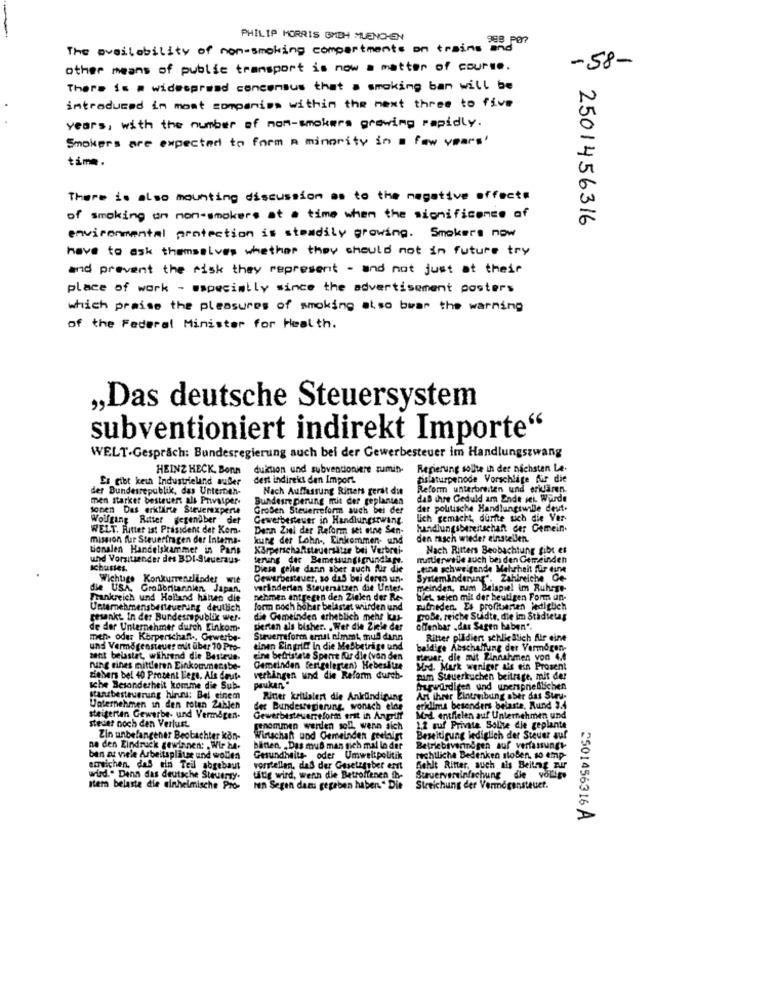
PHILIP MORRIS BMTH MUENCHEN
The availability of non-smoking compartments on trains and
-58-
other means of public transport is now a matter of course.
There is a widespread concensus that a smoking ban will be
introduced in most companies within the next three to five
years, with the number of non-smokers growing rapidly.
Smokers are expected to form a minority in a few years'
time.
There is also mounting discussion as to the negative effects
of smoking on non-smokers at a time when the significance of
2501456316
environmental protection is steadily growing. Smokers now
have to ask themselves whether they should not in future try
and prevent the risk they represent - and not just at their
place of work - especially since the advertisement posters
which praise the pleasures of smoking also bwar the warning
of the Federal Minister for Health.
„Das deutsche Steuersystem
subventioniert indirekt Importe"
WELT-Gespräch: Bundesregierung auch bei der Gewerbesteuer im Handlungszwang
HEINZ HECK, Bonn
duktion und subventioniere zumin.
Regierung sollte in der nächsten Le.
Es gibt kein Industrieland außer
dest indirekt den Import.
hislaturpenode Vorschläge für die
der Bundesrepublik, das Unterneh-
Nach Auffassung Rinets gerst die
Reform unterbreiten und eridaren.
men starker besteuert als Privatper-
Bundesregierung mit der geplanten
daß ihre Geduld am Ende vel. Würde
sonen Das erklärte Stevenexperte
Groben Steuerreform auch bei der
der politische Handlungswille deut.
Wolfgang Ritter gegendber
det
Gewerbesteuer in Handlungszwang.
lich gemacht, durfte sich die Ver-
WELT. Ritter ist Präsident der Kom-
Denn Ziel der Reform sel mine Sen-
handlungsbereitschaft der Cemein.
mission fur Steuerfragen der Intema-
kung der Lohn -, Einkommen- und
den rasch wieder einstellen.
tionalen Handelskammer in Paris
Körperschaftsteuersätze bei Verbrei-
Nach Ritters Beobachtung gibt es
und Vorsitzender des BDI-Steueraus-
terung der Bemessungsgrundlage.
muttierwille auch bei den Gemeinden
ichustes.
Diese gelte dann aber auch für die
.eine schweigende Mehrheit für eine
Wichtige Konkurrenzlinder wie
Gewerbesteuer, so daß bei dergo un-
Systemänderung". Zahlreiche Oe-
die USA, Großbritannien Japan,
varinderien Steuersitzen die Unter.
meinden, num Beispiel im Ruhrge-
Frankreich und Holland hinten die
nehmen antgegen den Zielen der Re-
blet seien mit der heutigen Form un-
Unternehmensbesteuerung deutlich
form noch höher belastet wurden und
pufneden. Es profitsrien lediglich
gesenkt. In der Bundesrepublik we !-
d'e Gemeinden erheblich mehr kas-
große, reiche Suidte, die im Stadiets
de der Unternehmer durch Einkom-
perten als bisher. . Wer die Ziele der
offenbar . das Sagen haben".
men- oder Körperschaft ., Gewerbe-
Steuerreform ernst nimmt, muß dann
Ritter plädiert schlie Blich für eine
und Vermogensteuer out über 70 Pro-
einen Eingriff in die Mobbetrige und
baldige Abschaltung der Vermogen-
sent belastet, während die Besteue-
cine betralate Sperrt für die (von den
steuer, die mit Einnahmen von 4.4
rung sines mittleren Einkommensbe-
Gemeinden festgelegten) Hebesitze
Med. Murk weniger als ein Prosent
zichers bel 40 Prosent Lege. Als deut-
verhingen und die Reform durch-
pauken"
tum Steuerkuchen beitrage. mit der
sche Besonderheit komme die Sub-
fragwürdigen und unersprießlichen
stanzbesteuerung hints; Bei einem
Ritter krillalert die Ankündigung
An Ihrer Bintreibung aber das Suru-
Unternehmen in den toten Zahlen
der Bundesregierung, wonach eine
erklima besonders belaste, Rund 3.4
steigerten Gewerbe- und Vermagen-
steder noch den Verlust
Gewerbesteuerreform erst in Angriff
Mod. entfielen auf Unternehmen und
genommen werden soll wenn sich
1.2 auf Private Sollte die geplante
Zin unbefangener Beobachter kon-
Wirtschaft und Gemeinden geelaigt
Beseitigung lediglich der Steuer auf
ne den Eindruck gewinnen: . Wir ha.
batten. „ Das muß man sich mal lo der
Betriebivennegen auf verfassungt-
ben at viele Arbeitsplätze und wollen
Gesundheits- oder Umweltpolitik
rechtliche Bedenken stoBen, so emp-
erreichen, das ein Teil abgebaut
vorstellen, daß der Gesetzgeber erst
Fehlt Ritter, such ais Beitrag zur
wird." Denn das deutsche Steuerty.
tätig wird, wenn die Betroffenen th-
Struervereinfachung die vorige
sera belaste die einheimische Pro-
Ien Segen dazu gegeben haben." Die
Streichung der Vermogensteuet.
2501456316 A